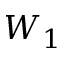
W _ { 1 }